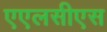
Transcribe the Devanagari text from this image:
एएलसीएस